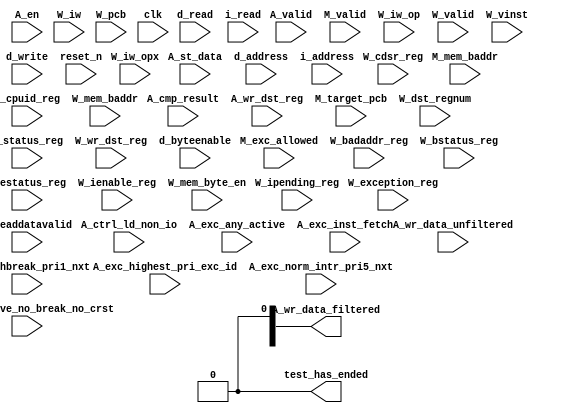
//Legal Notice: (C)2016 Altera Corporation. All rights reserved.  Your
//use of Altera Corporation's design tools, logic functions and other
//software and tools, and its AMPP partner logic functions, and any
//output files any of the foregoing (including device programming or
//simulation files), and any associated documentation or information are
//expressly subject to the terms and conditions of the Altera Program
//License Subscription Agreement or other applicable license agreement,
//including, without limitation, that your use is for the sole purpose
//of programming logic devices manufactured by Altera and sold by Altera
//or its authorized distributors.  Please refer to the applicable
//agreement for further details.

// synthesis translate_off
`timescale 1ns / 1ps
// synthesis translate_on

// turn off superfluous verilog processor warnings 
// altera message_level Level1 
// altera message_off 10034 10035 10036 10037 10230 10240 10030 

module i2c_nios_nios2_qsys_0_cpu_test_bench (
                                              // inputs:
                                               A_cmp_result,
                                               A_ctrl_ld_non_io,
                                               A_en,
                                               A_exc_active_no_break_no_crst,
                                               A_exc_any_active,
                                               A_exc_hbreak_pri1_nxt,
                                               A_exc_highest_pri_exc_id,
                                               A_exc_inst_fetch,
                                               A_exc_norm_intr_pri5_nxt,
                                               A_st_data,
                                               A_valid,
                                               A_wr_data_unfiltered,
                                               A_wr_dst_reg,
                                               M_exc_allowed,
                                               M_mem_baddr,
                                               M_target_pcb,
                                               M_valid,
                                               W_badaddr_reg,
                                               W_bstatus_reg,
                                               W_cdsr_reg,
                                               W_cpuid_reg,
                                               W_dst_regnum,
                                               W_estatus_reg,
                                               W_exception_reg,
                                               W_ienable_reg,
                                               W_ipending_reg,
                                               W_iw,
                                               W_iw_op,
                                               W_iw_opx,
                                               W_mem_baddr,
                                               W_mem_byte_en,
                                               W_pcb,
                                               W_status_reg,
                                               W_valid,
                                               W_vinst,
                                               W_wr_dst_reg,
                                               clk,
                                               d_address,
                                               d_byteenable,
                                               d_read,
                                               d_write,
                                               i_address,
                                               i_read,
                                               i_readdatavalid,
                                               reset_n,

                                              // outputs:
                                               A_wr_data_filtered,
                                               test_has_ended
                                            )
;

  output  [ 31: 0] A_wr_data_filtered;
  output           test_has_ended;
  input            A_cmp_result;
  input            A_ctrl_ld_non_io;
  input            A_en;
  input            A_exc_active_no_break_no_crst;
  input            A_exc_any_active;
  input            A_exc_hbreak_pri1_nxt;
  input   [ 31: 0] A_exc_highest_pri_exc_id;
  input            A_exc_inst_fetch;
  input            A_exc_norm_intr_pri5_nxt;
  input   [ 31: 0] A_st_data;
  input            A_valid;
  input   [ 31: 0] A_wr_data_unfiltered;
  input            A_wr_dst_reg;
  input            M_exc_allowed;
  input   [ 27: 0] M_mem_baddr;
  input   [ 27: 0] M_target_pcb;
  input            M_valid;
  input   [ 31: 0] W_badaddr_reg;
  input   [ 31: 0] W_bstatus_reg;
  input   [ 31: 0] W_cdsr_reg;
  input   [ 31: 0] W_cpuid_reg;
  input   [  4: 0] W_dst_regnum;
  input   [ 31: 0] W_estatus_reg;
  input   [ 31: 0] W_exception_reg;
  input   [ 31: 0] W_ienable_reg;
  input   [ 31: 0] W_ipending_reg;
  input   [ 31: 0] W_iw;
  input   [  5: 0] W_iw_op;
  input   [  5: 0] W_iw_opx;
  input   [ 27: 0] W_mem_baddr;
  input   [  3: 0] W_mem_byte_en;
  input   [ 27: 0] W_pcb;
  input   [ 31: 0] W_status_reg;
  input            W_valid;
  input   [ 71: 0] W_vinst;
  input            W_wr_dst_reg;
  input            clk;
  input   [ 27: 0] d_address;
  input   [  3: 0] d_byteenable;
  input            d_read;
  input            d_write;
  input   [ 27: 0] i_address;
  input            i_read;
  input            i_readdatavalid;
  input            reset_n;

  wire             A_iw_invalid;
  reg     [ 27: 0] A_mem_baddr;
  reg     [ 27: 0] A_target_pcb;
  reg              A_valid_crst;
  reg              A_valid_hbreak;
  reg              A_valid_intr;
  wire    [ 31: 0] A_wr_data_filtered;
  wire             A_wr_data_unfiltered_0_is_x;
  wire             A_wr_data_unfiltered_10_is_x;
  wire             A_wr_data_unfiltered_11_is_x;
  wire             A_wr_data_unfiltered_12_is_x;
  wire             A_wr_data_unfiltered_13_is_x;
  wire             A_wr_data_unfiltered_14_is_x;
  wire             A_wr_data_unfiltered_15_is_x;
  wire             A_wr_data_unfiltered_16_is_x;
  wire             A_wr_data_unfiltered_17_is_x;
  wire             A_wr_data_unfiltered_18_is_x;
  wire             A_wr_data_unfiltered_19_is_x;
  wire             A_wr_data_unfiltered_1_is_x;
  wire             A_wr_data_unfiltered_20_is_x;
  wire             A_wr_data_unfiltered_21_is_x;
  wire             A_wr_data_unfiltered_22_is_x;
  wire             A_wr_data_unfiltered_23_is_x;
  wire             A_wr_data_unfiltered_24_is_x;
  wire             A_wr_data_unfiltered_25_is_x;
  wire             A_wr_data_unfiltered_26_is_x;
  wire             A_wr_data_unfiltered_27_is_x;
  wire             A_wr_data_unfiltered_28_is_x;
  wire             A_wr_data_unfiltered_29_is_x;
  wire             A_wr_data_unfiltered_2_is_x;
  wire             A_wr_data_unfiltered_30_is_x;
  wire             A_wr_data_unfiltered_31_is_x;
  wire             A_wr_data_unfiltered_3_is_x;
  wire             A_wr_data_unfiltered_4_is_x;
  wire             A_wr_data_unfiltered_5_is_x;
  wire             A_wr_data_unfiltered_6_is_x;
  wire             A_wr_data_unfiltered_7_is_x;
  wire             A_wr_data_unfiltered_8_is_x;
  wire             A_wr_data_unfiltered_9_is_x;
  reg     [ 31: 0] W_badaddr_reg_prev;
  wire             W_badaddr_reg_prev_is_x;
  reg     [ 31: 0] W_bstatus_reg_prev;
  wire             W_bstatus_reg_prev_is_x;
  reg     [ 31: 0] W_cdsr_reg_prev;
  wire             W_cdsr_reg_prev_is_x;
  reg              W_cmp_result;
  reg     [ 31: 0] W_cpuid_reg_prev;
  wire             W_cpuid_reg_prev_is_x;
  reg     [ 31: 0] W_estatus_reg_prev;
  wire             W_estatus_reg_prev_is_x;
  reg              W_exc_any_active;
  reg     [ 31: 0] W_exc_highest_pri_exc_id;
  reg     [ 31: 0] W_exception_reg_prev;
  wire             W_exception_reg_prev_is_x;
  reg     [ 31: 0] W_ienable_reg_prev;
  wire             W_ienable_reg_prev_is_x;
  reg     [ 31: 0] W_ipending_reg_prev;
  wire             W_ipending_reg_prev_is_x;
  wire             W_is_opx_inst;
  reg              W_iw_invalid;
  wire             W_op_add;
  wire             W_op_addi;
  wire             W_op_and;
  wire             W_op_andhi;
  wire             W_op_andi;
  wire             W_op_beq;
  wire             W_op_bge;
  wire             W_op_bgeu;
  wire             W_op_blt;
  wire             W_op_bltu;
  wire             W_op_bne;
  wire             W_op_br;
  wire             W_op_break;
  wire             W_op_bret;
  wire             W_op_call;
  wire             W_op_callr;
  wire             W_op_cmpeq;
  wire             W_op_cmpeqi;
  wire             W_op_cmpge;
  wire             W_op_cmpgei;
  wire             W_op_cmpgeu;
  wire             W_op_cmpgeui;
  wire             W_op_cmplt;
  wire             W_op_cmplti;
  wire             W_op_cmpltu;
  wire             W_op_cmpltui;
  wire             W_op_cmpne;
  wire             W_op_cmpnei;
  wire             W_op_crst;
  wire             W_op_custom;
  wire             W_op_div;
  wire             W_op_divu;
  wire             W_op_eret;
  wire             W_op_flushd;
  wire             W_op_flushda;
  wire             W_op_flushi;
  wire             W_op_flushp;
  wire             W_op_hbreak;
  wire             W_op_initd;
  wire             W_op_initda;
  wire             W_op_initi;
  wire             W_op_intr;
  wire             W_op_jmp;
  wire             W_op_jmpi;
  wire             W_op_ldb;
  wire             W_op_ldbio;
  wire             W_op_ldbu;
  wire             W_op_ldbuio;
  wire             W_op_ldh;
  wire             W_op_ldhio;
  wire             W_op_ldhu;
  wire             W_op_ldhuio;
  wire             W_op_ldl;
  wire             W_op_ldw;
  wire             W_op_ldwio;
  wire             W_op_mul;
  wire             W_op_muli;
  wire             W_op_mulxss;
  wire             W_op_mulxsu;
  wire             W_op_mulxuu;
  wire             W_op_nextpc;
  wire             W_op_nor;
  wire             W_op_op_rsv02;
  wire             W_op_op_rsv09;
  wire             W_op_op_rsv10;
  wire             W_op_op_rsv17;
  wire             W_op_op_rsv18;
  wire             W_op_op_rsv25;
  wire             W_op_op_rsv26;
  wire             W_op_op_rsv33;
  wire             W_op_op_rsv34;
  wire             W_op_op_rsv41;
  wire             W_op_op_rsv42;
  wire             W_op_op_rsv49;
  wire             W_op_op_rsv57;
  wire             W_op_op_rsv61;
  wire             W_op_op_rsv62;
  wire             W_op_op_rsv63;
  wire             W_op_opx_rsv00;
  wire             W_op_opx_rsv10;
  wire             W_op_opx_rsv15;
  wire             W_op_opx_rsv17;
  wire             W_op_opx_rsv21;
  wire             W_op_opx_rsv25;
  wire             W_op_opx_rsv33;
  wire             W_op_opx_rsv34;
  wire             W_op_opx_rsv35;
  wire             W_op_opx_rsv42;
  wire             W_op_opx_rsv43;
  wire             W_op_opx_rsv44;
  wire             W_op_opx_rsv47;
  wire             W_op_opx_rsv50;
  wire             W_op_opx_rsv51;
  wire             W_op_opx_rsv55;
  wire             W_op_opx_rsv56;
  wire             W_op_opx_rsv60;
  wire             W_op_opx_rsv63;
  wire             W_op_or;
  wire             W_op_orhi;
  wire             W_op_ori;
  wire             W_op_rdctl;
  wire             W_op_rdprs;
  wire             W_op_ret;
  wire             W_op_rol;
  wire             W_op_roli;
  wire             W_op_ror;
  wire             W_op_sll;
  wire             W_op_slli;
  wire             W_op_sra;
  wire             W_op_srai;
  wire             W_op_srl;
  wire             W_op_srli;
  wire             W_op_stb;
  wire             W_op_stbio;
  wire             W_op_stc;
  wire             W_op_sth;
  wire             W_op_sthio;
  wire             W_op_stw;
  wire             W_op_stwio;
  wire             W_op_sub;
  wire             W_op_sync;
  wire             W_op_trap;
  wire             W_op_wrctl;
  wire             W_op_wrprs;
  wire             W_op_xor;
  wire             W_op_xorhi;
  wire             W_op_xori;
  reg     [ 31: 0] W_st_data;
  reg     [ 31: 0] W_status_reg_prev;
  wire             W_status_reg_prev_is_x;
  reg     [ 27: 0] W_target_pcb;
  reg              W_valid_crst;
  reg              W_valid_hbreak;
  reg              W_valid_intr;
  reg     [ 31: 0] W_wr_data_filtered;
  wire             test_has_ended;
  assign W_op_call = W_iw_op == 0;
  assign W_op_jmpi = W_iw_op == 1;
  assign W_op_op_rsv02 = W_iw_op == 2;
  assign W_op_ldbu = W_iw_op == 3;
  assign W_op_addi = W_iw_op == 4;
  assign W_op_stb = W_iw_op == 5;
  assign W_op_br = W_iw_op == 6;
  assign W_op_ldb = W_iw_op == 7;
  assign W_op_cmpgei = W_iw_op == 8;
  assign W_op_op_rsv09 = W_iw_op == 9;
  assign W_op_op_rsv10 = W_iw_op == 10;
  assign W_op_ldhu = W_iw_op == 11;
  assign W_op_andi = W_iw_op == 12;
  assign W_op_sth = W_iw_op == 13;
  assign W_op_bge = W_iw_op == 14;
  assign W_op_ldh = W_iw_op == 15;
  assign W_op_cmplti = W_iw_op == 16;
  assign W_op_op_rsv17 = W_iw_op == 17;
  assign W_op_op_rsv18 = W_iw_op == 18;
  assign W_op_initda = W_iw_op == 19;
  assign W_op_ori = W_iw_op == 20;
  assign W_op_stw = W_iw_op == 21;
  assign W_op_blt = W_iw_op == 22;
  assign W_op_ldw = W_iw_op == 23;
  assign W_op_cmpnei = W_iw_op == 24;
  assign W_op_op_rsv25 = W_iw_op == 25;
  assign W_op_op_rsv26 = W_iw_op == 26;
  assign W_op_flushda = W_iw_op == 27;
  assign W_op_xori = W_iw_op == 28;
  assign W_op_stc = W_iw_op == 29;
  assign W_op_bne = W_iw_op == 30;
  assign W_op_ldl = W_iw_op == 31;
  assign W_op_cmpeqi = W_iw_op == 32;
  assign W_op_op_rsv33 = W_iw_op == 33;
  assign W_op_op_rsv34 = W_iw_op == 34;
  assign W_op_ldbuio = W_iw_op == 35;
  assign W_op_muli = W_iw_op == 36;
  assign W_op_stbio = W_iw_op == 37;
  assign W_op_beq = W_iw_op == 38;
  assign W_op_ldbio = W_iw_op == 39;
  assign W_op_cmpgeui = W_iw_op == 40;
  assign W_op_op_rsv41 = W_iw_op == 41;
  assign W_op_op_rsv42 = W_iw_op == 42;
  assign W_op_ldhuio = W_iw_op == 43;
  assign W_op_andhi = W_iw_op == 44;
  assign W_op_sthio = W_iw_op == 45;
  assign W_op_bgeu = W_iw_op == 46;
  assign W_op_ldhio = W_iw_op == 47;
  assign W_op_cmpltui = W_iw_op == 48;
  assign W_op_op_rsv49 = W_iw_op == 49;
  assign W_op_custom = W_iw_op == 50;
  assign W_op_initd = W_iw_op == 51;
  assign W_op_orhi = W_iw_op == 52;
  assign W_op_stwio = W_iw_op == 53;
  assign W_op_bltu = W_iw_op == 54;
  assign W_op_ldwio = W_iw_op == 55;
  assign W_op_rdprs = W_iw_op == 56;
  assign W_op_op_rsv57 = W_iw_op == 57;
  assign W_op_flushd = W_iw_op == 59;
  assign W_op_xorhi = W_iw_op == 60;
  assign W_op_op_rsv61 = W_iw_op == 61;
  assign W_op_op_rsv62 = W_iw_op == 62;
  assign W_op_op_rsv63 = W_iw_op == 63;
  assign W_op_opx_rsv00 = (W_iw_opx == 0) & W_is_opx_inst;
  assign W_op_eret = (W_iw_opx == 1) & W_is_opx_inst;
  assign W_op_roli = (W_iw_opx == 2) & W_is_opx_inst;
  assign W_op_rol = (W_iw_opx == 3) & W_is_opx_inst;
  assign W_op_flushp = (W_iw_opx == 4) & W_is_opx_inst;
  assign W_op_ret = (W_iw_opx == 5) & W_is_opx_inst;
  assign W_op_nor = (W_iw_opx == 6) & W_is_opx_inst;
  assign W_op_mulxuu = (W_iw_opx == 7) & W_is_opx_inst;
  assign W_op_cmpge = (W_iw_opx == 8) & W_is_opx_inst;
  assign W_op_bret = (W_iw_opx == 9) & W_is_opx_inst;
  assign W_op_opx_rsv10 = (W_iw_opx == 10) & W_is_opx_inst;
  assign W_op_ror = (W_iw_opx == 11) & W_is_opx_inst;
  assign W_op_flushi = (W_iw_opx == 12) & W_is_opx_inst;
  assign W_op_jmp = (W_iw_opx == 13) & W_is_opx_inst;
  assign W_op_and = (W_iw_opx == 14) & W_is_opx_inst;
  assign W_op_opx_rsv15 = (W_iw_opx == 15) & W_is_opx_inst;
  assign W_op_cmplt = (W_iw_opx == 16) & W_is_opx_inst;
  assign W_op_opx_rsv17 = (W_iw_opx == 17) & W_is_opx_inst;
  assign W_op_slli = (W_iw_opx == 18) & W_is_opx_inst;
  assign W_op_sll = (W_iw_opx == 19) & W_is_opx_inst;
  assign W_op_wrprs = (W_iw_opx == 20) & W_is_opx_inst;
  assign W_op_opx_rsv21 = (W_iw_opx == 21) & W_is_opx_inst;
  assign W_op_or = (W_iw_opx == 22) & W_is_opx_inst;
  assign W_op_mulxsu = (W_iw_opx == 23) & W_is_opx_inst;
  assign W_op_cmpne = (W_iw_opx == 24) & W_is_opx_inst;
  assign W_op_opx_rsv25 = (W_iw_opx == 25) & W_is_opx_inst;
  assign W_op_srli = (W_iw_opx == 26) & W_is_opx_inst;
  assign W_op_srl = (W_iw_opx == 27) & W_is_opx_inst;
  assign W_op_nextpc = (W_iw_opx == 28) & W_is_opx_inst;
  assign W_op_callr = (W_iw_opx == 29) & W_is_opx_inst;
  assign W_op_xor = (W_iw_opx == 30) & W_is_opx_inst;
  assign W_op_mulxss = (W_iw_opx == 31) & W_is_opx_inst;
  assign W_op_cmpeq = (W_iw_opx == 32) & W_is_opx_inst;
  assign W_op_opx_rsv33 = (W_iw_opx == 33) & W_is_opx_inst;
  assign W_op_opx_rsv34 = (W_iw_opx == 34) & W_is_opx_inst;
  assign W_op_opx_rsv35 = (W_iw_opx == 35) & W_is_opx_inst;
  assign W_op_divu = (W_iw_opx == 36) & W_is_opx_inst;
  assign W_op_div = (W_iw_opx == 37) & W_is_opx_inst;
  assign W_op_rdctl = (W_iw_opx == 38) & W_is_opx_inst;
  assign W_op_mul = (W_iw_opx == 39) & W_is_opx_inst;
  assign W_op_cmpgeu = (W_iw_opx == 40) & W_is_opx_inst;
  assign W_op_initi = (W_iw_opx == 41) & W_is_opx_inst;
  assign W_op_opx_rsv42 = (W_iw_opx == 42) & W_is_opx_inst;
  assign W_op_opx_rsv43 = (W_iw_opx == 43) & W_is_opx_inst;
  assign W_op_opx_rsv44 = (W_iw_opx == 44) & W_is_opx_inst;
  assign W_op_trap = (W_iw_opx == 45) & W_is_opx_inst;
  assign W_op_wrctl = (W_iw_opx == 46) & W_is_opx_inst;
  assign W_op_opx_rsv47 = (W_iw_opx == 47) & W_is_opx_inst;
  assign W_op_cmpltu = (W_iw_opx == 48) & W_is_opx_inst;
  assign W_op_add = (W_iw_opx == 49) & W_is_opx_inst;
  assign W_op_opx_rsv50 = (W_iw_opx == 50) & W_is_opx_inst;
  assign W_op_opx_rsv51 = (W_iw_opx == 51) & W_is_opx_inst;
  assign W_op_break = (W_iw_opx == 52) & W_is_opx_inst;
  assign W_op_hbreak = (W_iw_opx == 53) & W_is_opx_inst;
  assign W_op_sync = (W_iw_opx == 54) & W_is_opx_inst;
  assign W_op_opx_rsv55 = (W_iw_opx == 55) & W_is_opx_inst;
  assign W_op_opx_rsv56 = (W_iw_opx == 56) & W_is_opx_inst;
  assign W_op_sub = (W_iw_opx == 57) & W_is_opx_inst;
  assign W_op_srai = (W_iw_opx == 58) & W_is_opx_inst;
  assign W_op_sra = (W_iw_opx == 59) & W_is_opx_inst;
  assign W_op_opx_rsv60 = (W_iw_opx == 60) & W_is_opx_inst;
  assign W_op_intr = (W_iw_opx == 61) & W_is_opx_inst;
  assign W_op_crst = (W_iw_opx == 62) & W_is_opx_inst;
  assign W_op_opx_rsv63 = (W_iw_opx == 63) & W_is_opx_inst;
  assign W_is_opx_inst = W_iw_op == 58;
  always @(posedge clk or negedge reset_n)
    begin
      if (reset_n == 0)
          A_target_pcb <= 0;
      else if (A_en)
          A_target_pcb <= M_target_pcb;
    end


  always @(posedge clk or negedge reset_n)
    begin
      if (reset_n == 0)
          A_mem_baddr <= 0;
      else if (A_en)
          A_mem_baddr <= M_mem_baddr;
    end


  always @(posedge clk or negedge reset_n)
    begin
      if (reset_n == 0)
          W_wr_data_filtered <= 0;
      else 
        W_wr_data_filtered <= A_wr_data_filtered;
    end


  always @(posedge clk or negedge reset_n)
    begin
      if (reset_n == 0)
          W_st_data <= 0;
      else 
        W_st_data <= A_st_data;
    end


  always @(posedge clk or negedge reset_n)
    begin
      if (reset_n == 0)
          W_cmp_result <= 0;
      else 
        W_cmp_result <= A_cmp_result;
    end


  always @(posedge clk or negedge reset_n)
    begin
      if (reset_n == 0)
          W_target_pcb <= 0;
      else 
        W_target_pcb <= A_target_pcb;
    end


  always @(posedge clk or negedge reset_n)
    begin
      if (reset_n == 0)
          A_valid_hbreak <= 0;
      else if (A_en)
          A_valid_hbreak <= M_exc_allowed & A_exc_hbreak_pri1_nxt;
    end


  always @(posedge clk or negedge reset_n)
    begin
      if (reset_n == 0)
          W_valid_hbreak <= 0;
      else 
        W_valid_hbreak <= A_valid_hbreak;
    end


  always @(posedge clk or negedge reset_n)
    begin
      if (reset_n == 0)
          A_valid_crst <= 0;
      else if (A_en)
          A_valid_crst <= M_exc_allowed & 0;
    end


  always @(posedge clk or negedge reset_n)
    begin
      if (reset_n == 0)
          W_valid_crst <= 0;
      else 
        W_valid_crst <= A_valid_crst;
    end


  always @(posedge clk or negedge reset_n)
    begin
      if (reset_n == 0)
          A_valid_intr <= 0;
      else if (A_en)
          A_valid_intr <= M_exc_allowed & A_exc_norm_intr_pri5_nxt;
    end


  always @(posedge clk or negedge reset_n)
    begin
      if (reset_n == 0)
          W_valid_intr <= 0;
      else 
        W_valid_intr <= A_valid_intr;
    end


  always @(posedge clk or negedge reset_n)
    begin
      if (reset_n == 0)
          W_exc_any_active <= 0;
      else 
        W_exc_any_active <= A_exc_any_active;
    end


  always @(posedge clk or negedge reset_n)
    begin
      if (reset_n == 0)
          W_exc_highest_pri_exc_id <= 0;
      else 
        W_exc_highest_pri_exc_id <= A_exc_highest_pri_exc_id;
    end


  assign A_iw_invalid = A_exc_inst_fetch & A_exc_active_no_break_no_crst;
  always @(posedge clk or negedge reset_n)
    begin
      if (reset_n == 0)
          W_iw_invalid <= 0;
      else 
        W_iw_invalid <= A_iw_invalid;
    end


  assign test_has_ended = 1'b0;

//synthesis translate_off
//////////////// SIMULATION-ONLY CONTENTS
  //Clearing 'X' data bits
  assign A_wr_data_unfiltered_0_is_x = ^(A_wr_data_unfiltered[0]) === 1'bx;

  assign A_wr_data_filtered[0] = (A_wr_data_unfiltered_0_is_x & (A_ctrl_ld_non_io)) ? 1'b0 : A_wr_data_unfiltered[0];
  assign A_wr_data_unfiltered_1_is_x = ^(A_wr_data_unfiltered[1]) === 1'bx;
  assign A_wr_data_filtered[1] = (A_wr_data_unfiltered_1_is_x & (A_ctrl_ld_non_io)) ? 1'b0 : A_wr_data_unfiltered[1];
  assign A_wr_data_unfiltered_2_is_x = ^(A_wr_data_unfiltered[2]) === 1'bx;
  assign A_wr_data_filtered[2] = (A_wr_data_unfiltered_2_is_x & (A_ctrl_ld_non_io)) ? 1'b0 : A_wr_data_unfiltered[2];
  assign A_wr_data_unfiltered_3_is_x = ^(A_wr_data_unfiltered[3]) === 1'bx;
  assign A_wr_data_filtered[3] = (A_wr_data_unfiltered_3_is_x & (A_ctrl_ld_non_io)) ? 1'b0 : A_wr_data_unfiltered[3];
  assign A_wr_data_unfiltered_4_is_x = ^(A_wr_data_unfiltered[4]) === 1'bx;
  assign A_wr_data_filtered[4] = (A_wr_data_unfiltered_4_is_x & (A_ctrl_ld_non_io)) ? 1'b0 : A_wr_data_unfiltered[4];
  assign A_wr_data_unfiltered_5_is_x = ^(A_wr_data_unfiltered[5]) === 1'bx;
  assign A_wr_data_filtered[5] = (A_wr_data_unfiltered_5_is_x & (A_ctrl_ld_non_io)) ? 1'b0 : A_wr_data_unfiltered[5];
  assign A_wr_data_unfiltered_6_is_x = ^(A_wr_data_unfiltered[6]) === 1'bx;
  assign A_wr_data_filtered[6] = (A_wr_data_unfiltered_6_is_x & (A_ctrl_ld_non_io)) ? 1'b0 : A_wr_data_unfiltered[6];
  assign A_wr_data_unfiltered_7_is_x = ^(A_wr_data_unfiltered[7]) === 1'bx;
  assign A_wr_data_filtered[7] = (A_wr_data_unfiltered_7_is_x & (A_ctrl_ld_non_io)) ? 1'b0 : A_wr_data_unfiltered[7];
  assign A_wr_data_unfiltered_8_is_x = ^(A_wr_data_unfiltered[8]) === 1'bx;
  assign A_wr_data_filtered[8] = (A_wr_data_unfiltered_8_is_x & (A_ctrl_ld_non_io)) ? 1'b0 : A_wr_data_unfiltered[8];
  assign A_wr_data_unfiltered_9_is_x = ^(A_wr_data_unfiltered[9]) === 1'bx;
  assign A_wr_data_filtered[9] = (A_wr_data_unfiltered_9_is_x & (A_ctrl_ld_non_io)) ? 1'b0 : A_wr_data_unfiltered[9];
  assign A_wr_data_unfiltered_10_is_x = ^(A_wr_data_unfiltered[10]) === 1'bx;
  assign A_wr_data_filtered[10] = (A_wr_data_unfiltered_10_is_x & (A_ctrl_ld_non_io)) ? 1'b0 : A_wr_data_unfiltered[10];
  assign A_wr_data_unfiltered_11_is_x = ^(A_wr_data_unfiltered[11]) === 1'bx;
  assign A_wr_data_filtered[11] = (A_wr_data_unfiltered_11_is_x & (A_ctrl_ld_non_io)) ? 1'b0 : A_wr_data_unfiltered[11];
  assign A_wr_data_unfiltered_12_is_x = ^(A_wr_data_unfiltered[12]) === 1'bx;
  assign A_wr_data_filtered[12] = (A_wr_data_unfiltered_12_is_x & (A_ctrl_ld_non_io)) ? 1'b0 : A_wr_data_unfiltered[12];
  assign A_wr_data_unfiltered_13_is_x = ^(A_wr_data_unfiltered[13]) === 1'bx;
  assign A_wr_data_filtered[13] = (A_wr_data_unfiltered_13_is_x & (A_ctrl_ld_non_io)) ? 1'b0 : A_wr_data_unfiltered[13];
  assign A_wr_data_unfiltered_14_is_x = ^(A_wr_data_unfiltered[14]) === 1'bx;
  assign A_wr_data_filtered[14] = (A_wr_data_unfiltered_14_is_x & (A_ctrl_ld_non_io)) ? 1'b0 : A_wr_data_unfiltered[14];
  assign A_wr_data_unfiltered_15_is_x = ^(A_wr_data_unfiltered[15]) === 1'bx;
  assign A_wr_data_filtered[15] = (A_wr_data_unfiltered_15_is_x & (A_ctrl_ld_non_io)) ? 1'b0 : A_wr_data_unfiltered[15];
  assign A_wr_data_unfiltered_16_is_x = ^(A_wr_data_unfiltered[16]) === 1'bx;
  assign A_wr_data_filtered[16] = (A_wr_data_unfiltered_16_is_x & (A_ctrl_ld_non_io)) ? 1'b0 : A_wr_data_unfiltered[16];
  assign A_wr_data_unfiltered_17_is_x = ^(A_wr_data_unfiltered[17]) === 1'bx;
  assign A_wr_data_filtered[17] = (A_wr_data_unfiltered_17_is_x & (A_ctrl_ld_non_io)) ? 1'b0 : A_wr_data_unfiltered[17];
  assign A_wr_data_unfiltered_18_is_x = ^(A_wr_data_unfiltered[18]) === 1'bx;
  assign A_wr_data_filtered[18] = (A_wr_data_unfiltered_18_is_x & (A_ctrl_ld_non_io)) ? 1'b0 : A_wr_data_unfiltered[18];
  assign A_wr_data_unfiltered_19_is_x = ^(A_wr_data_unfiltered[19]) === 1'bx;
  assign A_wr_data_filtered[19] = (A_wr_data_unfiltered_19_is_x & (A_ctrl_ld_non_io)) ? 1'b0 : A_wr_data_unfiltered[19];
  assign A_wr_data_unfiltered_20_is_x = ^(A_wr_data_unfiltered[20]) === 1'bx;
  assign A_wr_data_filtered[20] = (A_wr_data_unfiltered_20_is_x & (A_ctrl_ld_non_io)) ? 1'b0 : A_wr_data_unfiltered[20];
  assign A_wr_data_unfiltered_21_is_x = ^(A_wr_data_unfiltered[21]) === 1'bx;
  assign A_wr_data_filtered[21] = (A_wr_data_unfiltered_21_is_x & (A_ctrl_ld_non_io)) ? 1'b0 : A_wr_data_unfiltered[21];
  assign A_wr_data_unfiltered_22_is_x = ^(A_wr_data_unfiltered[22]) === 1'bx;
  assign A_wr_data_filtered[22] = (A_wr_data_unfiltered_22_is_x & (A_ctrl_ld_non_io)) ? 1'b0 : A_wr_data_unfiltered[22];
  assign A_wr_data_unfiltered_23_is_x = ^(A_wr_data_unfiltered[23]) === 1'bx;
  assign A_wr_data_filtered[23] = (A_wr_data_unfiltered_23_is_x & (A_ctrl_ld_non_io)) ? 1'b0 : A_wr_data_unfiltered[23];
  assign A_wr_data_unfiltered_24_is_x = ^(A_wr_data_unfiltered[24]) === 1'bx;
  assign A_wr_data_filtered[24] = (A_wr_data_unfiltered_24_is_x & (A_ctrl_ld_non_io)) ? 1'b0 : A_wr_data_unfiltered[24];
  assign A_wr_data_unfiltered_25_is_x = ^(A_wr_data_unfiltered[25]) === 1'bx;
  assign A_wr_data_filtered[25] = (A_wr_data_unfiltered_25_is_x & (A_ctrl_ld_non_io)) ? 1'b0 : A_wr_data_unfiltered[25];
  assign A_wr_data_unfiltered_26_is_x = ^(A_wr_data_unfiltered[26]) === 1'bx;
  assign A_wr_data_filtered[26] = (A_wr_data_unfiltered_26_is_x & (A_ctrl_ld_non_io)) ? 1'b0 : A_wr_data_unfiltered[26];
  assign A_wr_data_unfiltered_27_is_x = ^(A_wr_data_unfiltered[27]) === 1'bx;
  assign A_wr_data_filtered[27] = (A_wr_data_unfiltered_27_is_x & (A_ctrl_ld_non_io)) ? 1'b0 : A_wr_data_unfiltered[27];
  assign A_wr_data_unfiltered_28_is_x = ^(A_wr_data_unfiltered[28]) === 1'bx;
  assign A_wr_data_filtered[28] = (A_wr_data_unfiltered_28_is_x & (A_ctrl_ld_non_io)) ? 1'b0 : A_wr_data_unfiltered[28];
  assign A_wr_data_unfiltered_29_is_x = ^(A_wr_data_unfiltered[29]) === 1'bx;
  assign A_wr_data_filtered[29] = (A_wr_data_unfiltered_29_is_x & (A_ctrl_ld_non_io)) ? 1'b0 : A_wr_data_unfiltered[29];
  assign A_wr_data_unfiltered_30_is_x = ^(A_wr_data_unfiltered[30]) === 1'bx;
  assign A_wr_data_filtered[30] = (A_wr_data_unfiltered_30_is_x & (A_ctrl_ld_non_io)) ? 1'b0 : A_wr_data_unfiltered[30];
  assign A_wr_data_unfiltered_31_is_x = ^(A_wr_data_unfiltered[31]) === 1'bx;
  assign A_wr_data_filtered[31] = (A_wr_data_unfiltered_31_is_x & (A_ctrl_ld_non_io)) ? 1'b0 : A_wr_data_unfiltered[31];
  always @(posedge clk)
    begin
      if (reset_n)
          if (^(W_wr_dst_reg) === 1'bx)
            begin
              $write("%0d ns: ERROR: i2c_nios_nios2_qsys_0_cpu_test_bench/W_wr_dst_reg is 'x'\n", $time);
              $stop;
            end
    end


  always @(posedge clk or negedge reset_n)
    begin
      if (reset_n == 0)
        begin
        end
      else if (W_wr_dst_reg)
          if (^(W_dst_regnum) === 1'bx)
            begin
              $write("%0d ns: ERROR: i2c_nios_nios2_qsys_0_cpu_test_bench/W_dst_regnum is 'x'\n", $time);
              $stop;
            end
    end


  always @(posedge clk)
    begin
      if (reset_n)
          if (^(W_valid) === 1'bx)
            begin
              $write("%0d ns: ERROR: i2c_nios_nios2_qsys_0_cpu_test_bench/W_valid is 'x'\n", $time);
              $stop;
            end
    end


  always @(posedge clk or negedge reset_n)
    begin
      if (reset_n == 0)
        begin
        end
      else if (W_valid)
          if (^(W_pcb) === 1'bx)
            begin
              $write("%0d ns: ERROR: i2c_nios_nios2_qsys_0_cpu_test_bench/W_pcb is 'x'\n", $time);
              $stop;
            end
    end


  always @(posedge clk or negedge reset_n)
    begin
      if (reset_n == 0)
        begin
        end
      else if (W_valid)
          if (^(W_iw) === 1'bx)
            begin
              $write("%0d ns: ERROR: i2c_nios_nios2_qsys_0_cpu_test_bench/W_iw is 'x'\n", $time);
              $stop;
            end
    end


  always @(posedge clk)
    begin
      if (reset_n)
          if (^(A_en) === 1'bx)
            begin
              $write("%0d ns: ERROR: i2c_nios_nios2_qsys_0_cpu_test_bench/A_en is 'x'\n", $time);
              $stop;
            end
    end


  always @(posedge clk)
    begin
      if (reset_n)
          if (^(M_valid) === 1'bx)
            begin
              $write("%0d ns: ERROR: i2c_nios_nios2_qsys_0_cpu_test_bench/M_valid is 'x'\n", $time);
              $stop;
            end
    end


  always @(posedge clk)
    begin
      if (reset_n)
          if (^(A_valid) === 1'bx)
            begin
              $write("%0d ns: ERROR: i2c_nios_nios2_qsys_0_cpu_test_bench/A_valid is 'x'\n", $time);
              $stop;
            end
    end


  always @(posedge clk or negedge reset_n)
    begin
      if (reset_n == 0)
        begin
        end
      else if (A_valid & A_en & A_wr_dst_reg)
          if (^(A_wr_data_unfiltered) === 1'bx)
            begin
              $write("%0d ns: WARNING: i2c_nios_nios2_qsys_0_cpu_test_bench/A_wr_data_unfiltered is 'x'\n", $time);
            end
    end


  always @(posedge clk)
    begin
      if (reset_n)
          if (^(W_status_reg) === 1'bx)
            begin
              $write("%0d ns: ERROR: i2c_nios_nios2_qsys_0_cpu_test_bench/W_status_reg is 'x'\n", $time);
              $stop;
            end
    end


  always @(posedge clk)
    begin
      if (reset_n)
          if (^(W_estatus_reg) === 1'bx)
            begin
              $write("%0d ns: ERROR: i2c_nios_nios2_qsys_0_cpu_test_bench/W_estatus_reg is 'x'\n", $time);
              $stop;
            end
    end


  always @(posedge clk)
    begin
      if (reset_n)
          if (^(W_bstatus_reg) === 1'bx)
            begin
              $write("%0d ns: ERROR: i2c_nios_nios2_qsys_0_cpu_test_bench/W_bstatus_reg is 'x'\n", $time);
              $stop;
            end
    end


  always @(posedge clk)
    begin
      if (reset_n)
          if (^(W_exception_reg) === 1'bx)
            begin
              $write("%0d ns: ERROR: i2c_nios_nios2_qsys_0_cpu_test_bench/W_exception_reg is 'x'\n", $time);
              $stop;
            end
    end


  always @(posedge clk)
    begin
      if (reset_n)
          if (^(W_badaddr_reg) === 1'bx)
            begin
              $write("%0d ns: ERROR: i2c_nios_nios2_qsys_0_cpu_test_bench/W_badaddr_reg is 'x'\n", $time);
              $stop;
            end
    end


  always @(posedge clk)
    begin
      if (reset_n)
          if (^(A_exc_any_active) === 1'bx)
            begin
              $write("%0d ns: ERROR: i2c_nios_nios2_qsys_0_cpu_test_bench/A_exc_any_active is 'x'\n", $time);
              $stop;
            end
    end


  always @(posedge clk)
    begin
      if (reset_n)
          if (^(i_read) === 1'bx)
            begin
              $write("%0d ns: ERROR: i2c_nios_nios2_qsys_0_cpu_test_bench/i_read is 'x'\n", $time);
              $stop;
            end
    end


  always @(posedge clk or negedge reset_n)
    begin
      if (reset_n == 0)
        begin
        end
      else if (i_read)
          if (^(i_address) === 1'bx)
            begin
              $write("%0d ns: ERROR: i2c_nios_nios2_qsys_0_cpu_test_bench/i_address is 'x'\n", $time);
              $stop;
            end
    end


  always @(posedge clk)
    begin
      if (reset_n)
          if (^(d_write) === 1'bx)
            begin
              $write("%0d ns: ERROR: i2c_nios_nios2_qsys_0_cpu_test_bench/d_write is 'x'\n", $time);
              $stop;
            end
    end


  always @(posedge clk or negedge reset_n)
    begin
      if (reset_n == 0)
        begin
        end
      else if (d_write)
          if (^(d_byteenable) === 1'bx)
            begin
              $write("%0d ns: ERROR: i2c_nios_nios2_qsys_0_cpu_test_bench/d_byteenable is 'x'\n", $time);
              $stop;
            end
    end


  always @(posedge clk or negedge reset_n)
    begin
      if (reset_n == 0)
        begin
        end
      else if (d_write | d_read)
          if (^(d_address) === 1'bx)
            begin
              $write("%0d ns: ERROR: i2c_nios_nios2_qsys_0_cpu_test_bench/d_address is 'x'\n", $time);
              $stop;
            end
    end


  always @(posedge clk)
    begin
      if (reset_n)
          if (^(d_read) === 1'bx)
            begin
              $write("%0d ns: ERROR: i2c_nios_nios2_qsys_0_cpu_test_bench/d_read is 'x'\n", $time);
              $stop;
            end
    end


  always @(posedge clk)
    begin
      if (reset_n)
          if (^(i_readdatavalid) === 1'bx)
            begin
              $write("%0d ns: ERROR: i2c_nios_nios2_qsys_0_cpu_test_bench/i_readdatavalid is 'x'\n", $time);
              $stop;
            end
    end


  
  reg [31:0] trace_handle; // for $fopen
  initial  
  begin
    trace_handle = $fopen("i2c_nios_nios2_qsys_0_cpu.tr");
    $fwrite(trace_handle, "HeaderStart\nVersion 0\nCpuCoreName NiosII/f2\nCpuInstanceName i2c_nios_nios2_qsys_0_cpu\nCpuArchName Nios2\nCpuArchRev R1\nCtrlRegPresent 0\nCtrlRegPresent 1\nCtrlRegPresent 2\nCtrlRegPresent 3\nCtrlRegPresent 4\nCtrlRegPresent 5\nCtrlRegPresent 7\nCtrlRegPresent c\nCtrlRegPresent 1f\nExcContainsId 1\nHeaderEnd\n");
  end
  assign W_status_reg_prev_is_x = ^(W_status_reg_prev) === 1'bx;
  assign W_estatus_reg_prev_is_x = ^(W_estatus_reg_prev) === 1'bx;
  assign W_bstatus_reg_prev_is_x = ^(W_bstatus_reg_prev) === 1'bx;
  assign W_ienable_reg_prev_is_x = ^(W_ienable_reg_prev) === 1'bx;
  assign W_ipending_reg_prev_is_x = ^(W_ipending_reg_prev) === 1'bx;
  assign W_cpuid_reg_prev_is_x = ^(W_cpuid_reg_prev) === 1'bx;
  assign W_exception_reg_prev_is_x = ^(W_exception_reg_prev) === 1'bx;
  assign W_badaddr_reg_prev_is_x = ^(W_badaddr_reg_prev) === 1'bx;
  assign W_cdsr_reg_prev_is_x = ^(W_cdsr_reg_prev) === 1'bx;
  always @(posedge clk)
    begin
      if (~test_has_ended)
        begin
          if ((W_status_reg != W_status_reg_prev) || W_status_reg_prev_is_x)
            begin
              $fwrite(trace_handle, "%0d ns: %0h,%0h,%0h\n", $time, 4, 0, W_status_reg);
              W_status_reg_prev <= W_status_reg;
            end
          if ((W_estatus_reg != W_estatus_reg_prev) || W_estatus_reg_prev_is_x)
            begin
              $fwrite(trace_handle, "%0d ns: %0h,%0h,%0h\n", $time, 4, 1, W_estatus_reg);
              W_estatus_reg_prev <= W_estatus_reg;
            end
          if ((W_bstatus_reg != W_bstatus_reg_prev) || W_bstatus_reg_prev_is_x)
            begin
              $fwrite(trace_handle, "%0d ns: %0h,%0h,%0h\n", $time, 4, 2, W_bstatus_reg);
              W_bstatus_reg_prev <= W_bstatus_reg;
            end
          if ((W_ienable_reg != W_ienable_reg_prev) || W_ienable_reg_prev_is_x)
            begin
              $fwrite(trace_handle, "%0d ns: %0h,%0h,%0h\n", $time, 4, 3, W_ienable_reg);
              W_ienable_reg_prev <= W_ienable_reg;
            end
          if ((W_ipending_reg != W_ipending_reg_prev) || W_ipending_reg_prev_is_x)
            begin
              $fwrite(trace_handle, "%0d ns: %0h,%0h,%0h\n", $time, 4, 4, W_ipending_reg);
              W_ipending_reg_prev <= W_ipending_reg;
            end
          if ((W_cpuid_reg != W_cpuid_reg_prev) || W_cpuid_reg_prev_is_x)
            begin
              $fwrite(trace_handle, "%0d ns: %0h,%0h,%0h\n", $time, 4, 5, W_cpuid_reg);
              W_cpuid_reg_prev <= W_cpuid_reg;
            end
          if ((W_exception_reg != W_exception_reg_prev) || W_exception_reg_prev_is_x)
            begin
              $fwrite(trace_handle, "%0d ns: %0h,%0h,%0h\n", $time, 4, 7, W_exception_reg);
              W_exception_reg_prev <= W_exception_reg;
            end
          if ((W_badaddr_reg != W_badaddr_reg_prev) || W_badaddr_reg_prev_is_x)
            begin
              $fwrite(trace_handle, "%0d ns: %0h,%0h,%0h\n", $time, 4, 12, W_badaddr_reg);
              W_badaddr_reg_prev <= W_badaddr_reg;
            end
          if ((W_cdsr_reg != W_cdsr_reg_prev) || W_cdsr_reg_prev_is_x)
            begin
              $fwrite(trace_handle, "%0d ns: %0h,%0h,%0h\n", $time, 4, 31, W_cdsr_reg);
              W_cdsr_reg_prev <= W_cdsr_reg;
            end
          if (~reset_n)
              $fwrite(trace_handle, "%0d ns: %0h,%0h\n", $time, 0, 0);
          else if (W_valid_hbreak)
              $fwrite(trace_handle, "%0d ns: %0h,%0h,%0h,%0h,%0h\n", $time, 1, W_pcb, W_wr_dst_reg, W_dst_regnum, W_wr_data_filtered);
          else if (W_valid_intr)
              $fwrite(trace_handle, "%0d ns: %0h,%0h,%0h,%0h,%0h\n", $time, 2, W_pcb, W_wr_dst_reg, W_dst_regnum, W_wr_data_filtered);
          else if (W_valid || W_exc_any_active)
              $fwrite(trace_handle, "%0d ns: %0h,%0h,%0h,%0h,%0h,%0h,%0h,%0h,%0h,%0h,%0h,%0h,%0h\n", $time, 3, W_exc_any_active ? W_exc_highest_pri_exc_id : 0, W_pcb, ~W_iw_invalid, W_iw, W_wr_dst_reg, W_dst_regnum, W_wr_data_filtered, W_mem_baddr, W_st_data, W_mem_byte_en, W_cmp_result, W_target_pcb);
        end
    end



//////////////// END SIMULATION-ONLY CONTENTS

//synthesis translate_on
//synthesis read_comments_as_HDL on
//  
//  assign A_wr_data_filtered = A_wr_data_unfiltered;
//
//synthesis read_comments_as_HDL off

endmodule